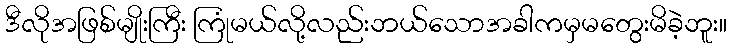
ဒီလိုအဖြစ်မျိုးကြီး ကြုံမယ်လို့လည်းဘယ်သောအခါကမှမတွေးမိခဲ့ဘူး။